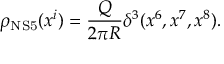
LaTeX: \rho _ { \mathrm { N S 5 } } ( x ^ { i } ) = \frac { Q } { 2 \pi R } \delta ^ { 3 } ( x ^ { 6 } , x ^ { 7 } , x ^ { 8 } ) .